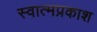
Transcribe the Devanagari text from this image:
स्वात्मप्रकाश